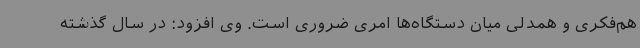
هم‌فکری و همدلی میان دستگاه‌ها امری ضروری است. وی افزود: در سال گذشته